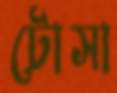
টোসা